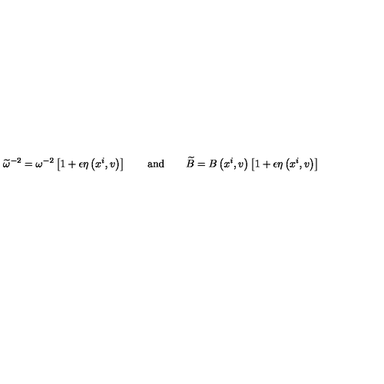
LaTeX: \widetilde { \omega } ^ { - 2 } = \omega ^ { - 2 } \left[ 1 + \epsilon \eta \left( x ^ { i } , v \right) \right] \qquad \mathrm { a n d } \qquad \widetilde { B } = B \left( x ^ { i } , v \right) \left[ 1 + \epsilon \eta \left( x ^ { i } , v \right) \right]